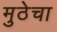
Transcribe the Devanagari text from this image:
मुठेचा